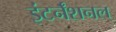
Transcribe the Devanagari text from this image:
इंटर्नॅशनल्